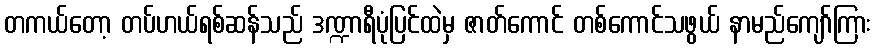
တကယ်တော့ တပ်ဟယ်ရစ်ဆန်သည် ဒဏ္ဍာရီပုံပြင်ထဲမှ ဇာတ်ကောင် တစ်ကောင်သဖွယ် နာမည်ကျော်ကြား